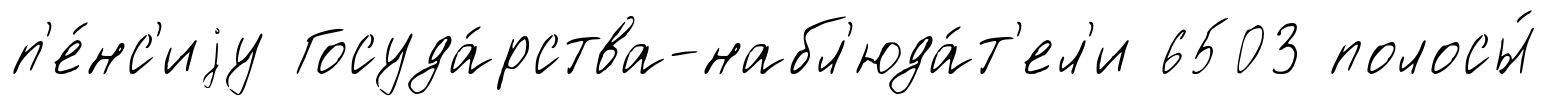
п'е́нс'иjу Госуда́рства-набл'юда́т'ел'и 6503 полосы́